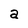
Character: a